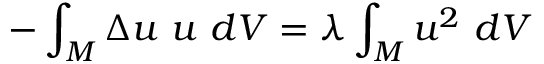
- \int _ { M } \Delta u \ u \ d V = \lambda \int _ { M } u ^ { 2 } \ d V